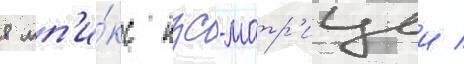
8 мп'и́кс пзс-матр'ицеи /